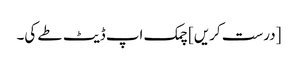
[درست کریں] چمک اپ ڈیٹ طے کی۔